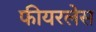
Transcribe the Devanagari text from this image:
फीयरलेस